Source: Handwritten
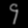
Digit: ၄ (4)